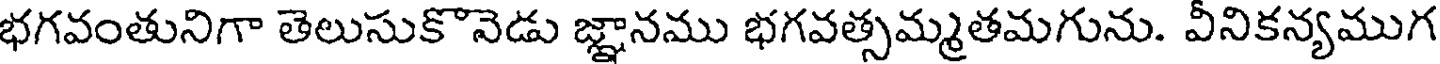
భగవంతునిగా తెలుసుకొనెడు జ్ఞానము భగవత్సమ్మతమగును. వీనికన్యముగ